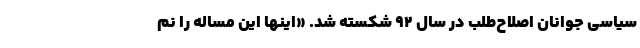
سیاسی جوانان اصلاح‌طلب در سال ۹۲ شکسته شد. «اینها این مساله را نم